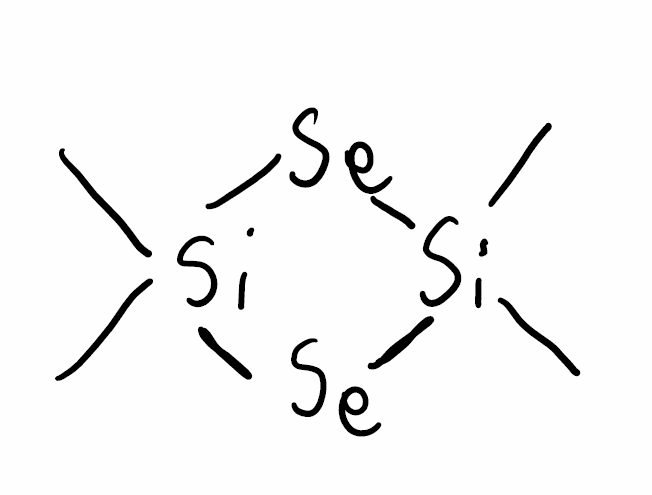
Simplified molecular-input line-entry system (SMILES) notation of the given molecule:
C[Si]1([Se][Si]([Se]1)(C)C)C